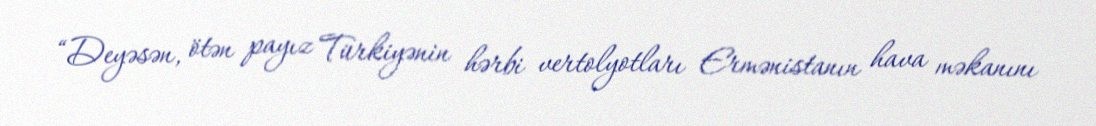
“Deyəsən, ötən payız Türkiyənin hərbi vertolyotları Ermənistanın hava məkanını